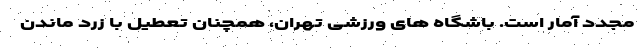
مجدد آمار است. باشگاه‌ های ورزشی تهران، همچنان تعطیل با زرد ماندن